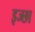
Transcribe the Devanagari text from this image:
इज्छा